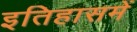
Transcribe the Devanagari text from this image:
इतिहासमें